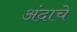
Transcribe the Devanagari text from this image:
अंदाचे